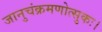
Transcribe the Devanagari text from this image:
जानुचंक्रमणोत्सुकः।